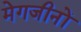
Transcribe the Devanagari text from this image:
मेगजीनों